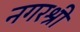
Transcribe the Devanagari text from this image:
नगरश्री